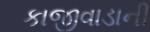
કાજીવાડાની